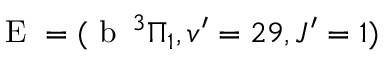
\textrm { E } = ( \textrm { b } \, ^ { 3 } \Pi _ { 1 } , v ^ { \prime } = 2 9 , J ^ { \prime } = 1 )